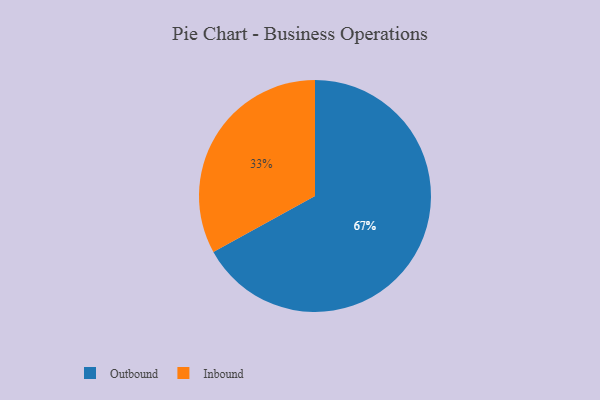
{"axis": {"x": "Category", "y": "Percentage"}, "legend": ["Inbound", "Outbound"], "data": [{"x": "Inbound", "y": 33, "type": "Inbound"}, {"x": "Outbound", "y": 67, "type": "Outbound"}]}